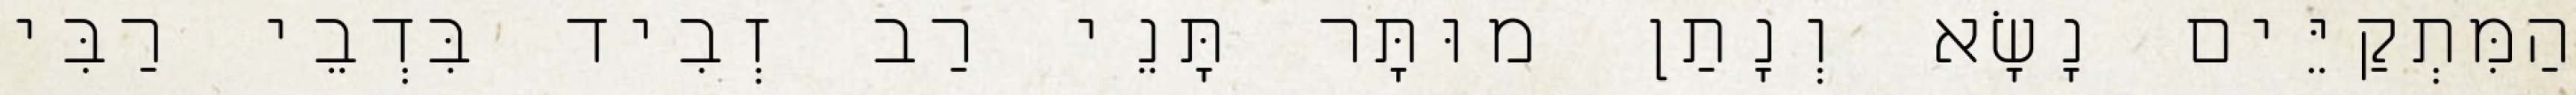
הַמִּתְקַיֵּים נָשָׂא וְנָתַן מוּתָּר תָּנֵי רַב זְבִיד בִּדְבֵי רַבִּי